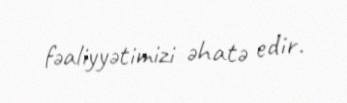
fəaliyyətimizi əhatə edir.